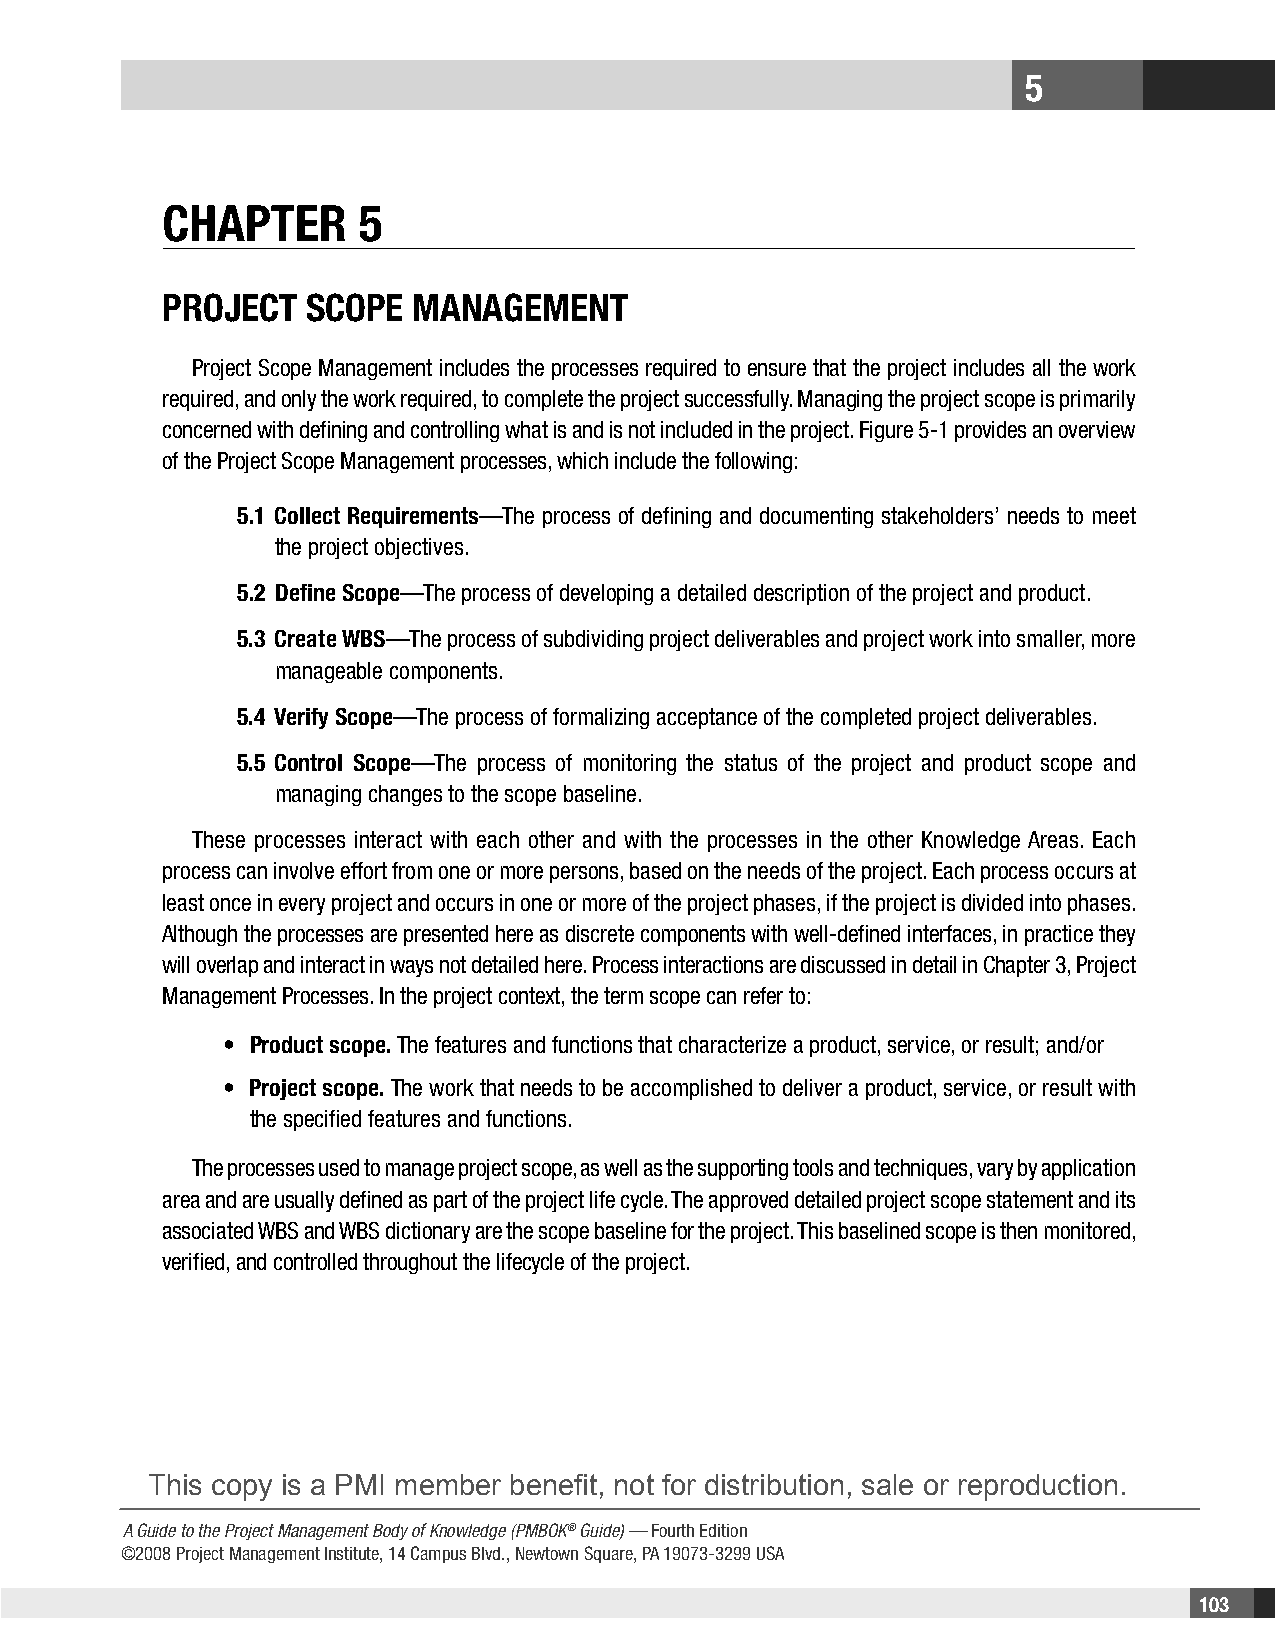
5
 Chapter      5
 projeCt  SCope   ManageMent
 Project Scope Management includes the processes required to ensure that the project includes all the work
 required, and only the work required, to complete the project successfully. Managing the project scope is primarily
 concerned with defining and controlling what is and is not included in the project. Figure 5-1 provides an overview
 of the Project Scope Management processes, which include the following:
 5.1 Collect Requirements—The process of defining and documenting stakeholders’ needs to meet
 the project objectives.
 5.2 Define Scope—The process of developing a detailed description of the project and product.
 5.3 Create WBS—The process of subdividing project deliverables and project work into smaller, more
 manageable components.
 5.4 Verify Scope—The process of formalizing acceptance of the completed project deliverables.
 5.5 Control Scope—The process of monitoring the status of the project and product scope and
 managing changes to the scope baseline.
 These processes interact with each other and with the processes in the other Knowledge Areas. Each
 process can involve effort from one or more persons, based on the needs of the project. Each process occurs at
 least once in every project and occurs in one or more of the project phases, if the project is divided into phases.
 Although the processes are presented here as discrete components with well-defined interfaces, in practice they
 will overlap and interact in ways not detailed here. Process interactions are discussed in detail in Chapter 3, Project
 Management Processes. In the project context, the term scope can refer to:
 • Product scope. The features and functions that characterize a product, service, or result; and/or
 • Project scope. The work that needs to be accomplished to deliver a product, service, or result with
 the specified features and functions.
 The processes used to manage project scope, as well as the supporting tools and techniques, vary by application
 area and are usually defined as part of the project life cycle. The approved detailed project scope statement and its
 associated WBS and WBS dictionary are the scope baseline for the project. This baselined scope is then monitored,
 verified, and controlled throughout the lifecycle of the project.
 This copy is a PMI member benefit, not for distribution, sale or reproduction.
 A Guide to the Project Management Body of Knowledge (PMBOK® Guide) — Fourth Edition
 ©2008 Project Management Institute, 14 Campus Blvd., Newtown Square, PA 19073-3299 USA
 103